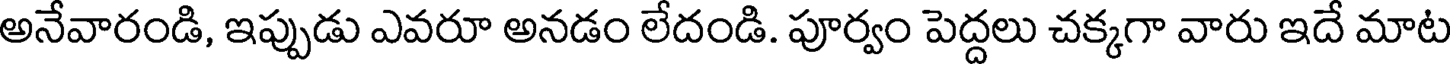
అనేవారండి, ఇప్పుడు ఎవరూ అనడం లేదండి. పూర్వం పెద్దలు చక్కగా వారు ఇదే మాట